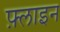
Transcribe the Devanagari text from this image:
फ़्लाइन